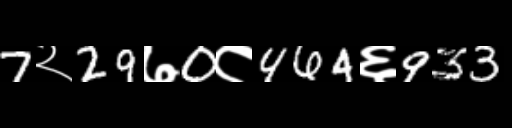
Text: 7२29७0८464६933